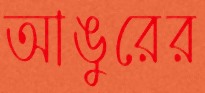
আঙুরের